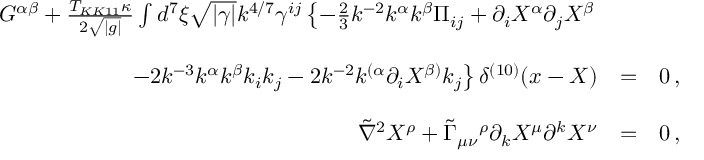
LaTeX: \begin{array} { r c l } { { G ^ { \alpha \beta } + { \frac { T _ { K K 1 1 } \kappa } { 2 \sqrt { | g | } } } \int d ^ { 7 } \xi \sqrt { | \gamma | } k ^ { 4 / 7 } \gamma ^ { i j } \left\{ - \frac { 2 } { 3 } k ^ { - 2 } k ^ { \alpha } k ^ { \beta } \Pi _ { i j } + \partial _ { i } X ^ { \alpha } \partial _ { j } X ^ { \beta } \right. } } & { { } } & { { } } \\ { { } } & { { } } & { { } } \\ { { \left. - 2 k ^ { - 3 } k ^ { \alpha } k ^ { \beta } k _ { i } k _ { j } - 2 k ^ { - 2 } k ^ { ( \alpha } \partial _ { i } X ^ { \beta ) } k _ { j } \right\} \delta ^ { ( 1 0 ) } ( x - X ) } } & { { = } } & { { 0 \, , } } \\ { { } } & { { } } & { { } } \\ { { \tilde { \nabla } ^ { 2 } X ^ { \rho } + \tilde { \Gamma } _ { \mu \nu } { } ^ { \rho } \partial _ { k } X ^ { \mu } \partial ^ { k } X ^ { \nu } } } & { { = } } & { { 0 \, , } } \end{array}